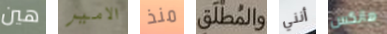
هين الامير منذ والمطلق أنني هانكس